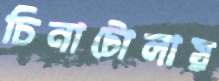
চিনাটোলায়